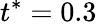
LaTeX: t^{*}=0.3